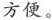
方便。